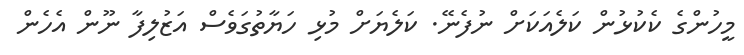
މީހުންގެ ކެކުޅުން ކަލެއަކަށް ނުފެނޭ. ކަަލެޔަށް މުޅި ހަޔާތުގަވެސް އަޒުލިފާ ނޫން އެހެން